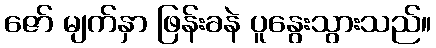
ဇော် မျက်နှာ ဖြန်းခနဲ ပူနွေးသွားသည်။